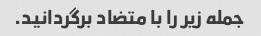
جمله زیر را با متضاد برگردانید.